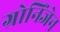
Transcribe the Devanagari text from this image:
ग्रोनिंजेन